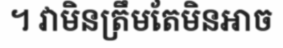
។ វាមិនត្រឹមតែមិនអាច